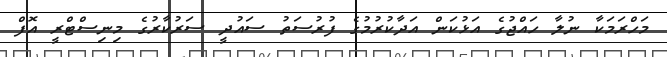
މަހްރަމަކާ ނުލާ ހައްޖުގެ އަޅުކަން އަދާކުރުމުގެ ފުރުސަތު ސައުދީ ސަރުކާރުގެ މިނިސްޓްރީ އޮފް